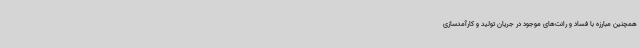
همچنین مبارزه با فساد و رانت‌های موجود در جریان تولید و کارآمدسازی